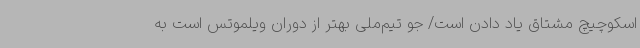
اسکوچیچ مشتاق یاد دادن است/ جو تیم‌ملی بهتر از دوران ویلموتس است به